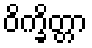
ဝိက္ခိတ္တာ